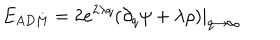
E _ { \mathrm { A D M } } = 2 e ^ { 2 \lambda q } ( \partial _ { q } \psi + \lambda \rho ) | _ { q \to \infty }